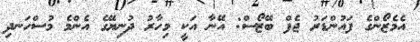
އެމެޒޯންގެ ފައުންޑަރު ޖެފް ބޭޒޯސް: އޭނާ އަކީ މިހާރު ދުނިޔޭގެ އެންމެ މުސްހަނދި